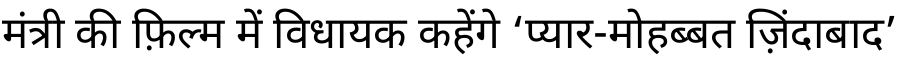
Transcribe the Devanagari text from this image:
मंत्री की फ़िल्म में विधायक कहेंगे ‘प्यार-मोहब्बत ज़िंदाबाद’